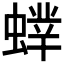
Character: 𧎲